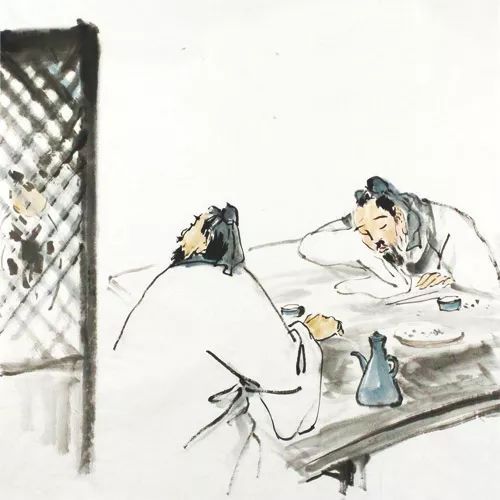
遇酒且呵呵，人生能几何！